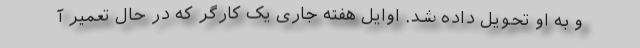
و به او تحویل داده شد. اوایل هفته جاری یک کارگر که در حال تعمیر آ